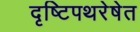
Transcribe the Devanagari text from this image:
दृष्टिपथरेषेत